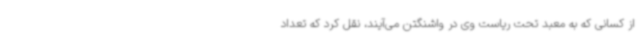
از کسانی که به معبد تحت ریاست وی در واشنگتن می‌آیند، نقل کرد که تعداد